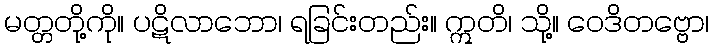
မတ္တတို့ကို။ ပဋိလာဘော၊ ရခြင်းတည်း။ ဣတိ၊ သို့။ ဝေဒိတဗ္ဗော၊